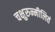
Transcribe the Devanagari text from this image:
चक्षुरुन्मीलितं